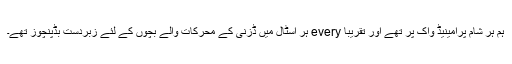
ہم ہر شام پرامینیڈ واک پر تھے اور تقریبا every ہر اسٹال میں ڈزنی کے محرکات والے بچوں کے لئے زبردست بڈپنچوز تھے۔